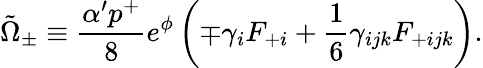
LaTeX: \tilde{\Omega}_{\pm}\equiv{\frac{\alpha^{\prime}p^{+}}{8}}e^{\phi}\left(\mp\gamma_{i}F_{+i}+{\frac{1}{6}}\gamma_{ijk}F_{+ijk}\right).